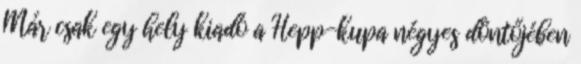
Már csak egy hely kiadó a Hepp-kupa négyes döntőjében